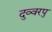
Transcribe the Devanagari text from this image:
दुव्वरपु